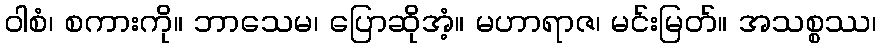
ဝါစံ၊ စကားကို။ ဘာသေမ၊ ပြောဆိုအံ့။ မဟာရာဇ၊ မင်းမြတ်။ အသစ္စဿ၊